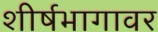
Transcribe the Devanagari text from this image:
शीर्षभागावर